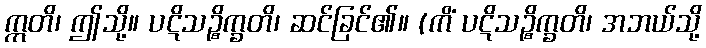
ဣတိ၊ ဤသို့။ ပဋိသဉ္စိက္ခတိ၊ ဆင်ခြင်၏။ (ကိံ ပဋိသဉ္စိက္ခတိ၊ အဘယ်သို့